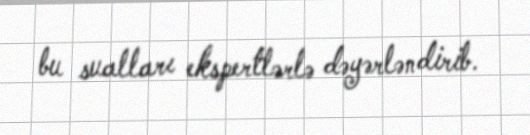
bu sualları ekspertlərlə dəyərləndirib.